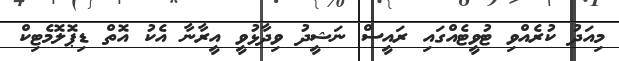
މިއަދު ކުރެއްވި ޓުވީޓެއްގައި ރައީސް ނަޝީދު ވިދާޅުވީ އީރާނާ އެކު އޮތް ޑިޕޮލޮމެޓިކް